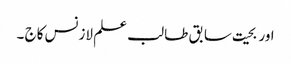
اور بحیت سابق طا لب علم لازنس کاج ۔